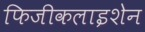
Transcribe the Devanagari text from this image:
फिजीकलाइशेन